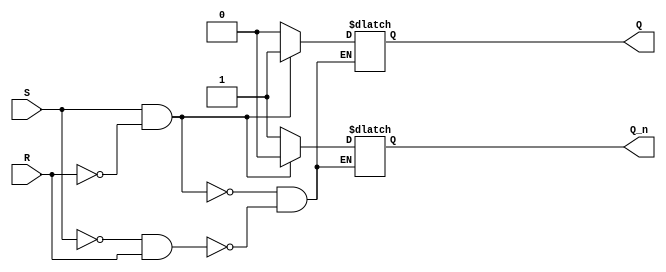
module sr_ff(input S, input R, output reg Q, output reg Q_n);

always @(S or R) begin
    if (S && !R)
        begin
            Q <= 1;
            Q_n <= 0;
        end
    else if (!S && R)
        begin
            Q <= 0;
            Q_n <= 1;
        end
    else
        begin
            Q <= Q;
            Q_n <= Q_n;
        end
end

endmodule